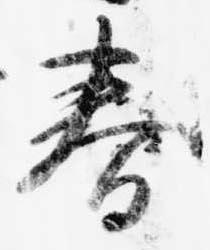
春